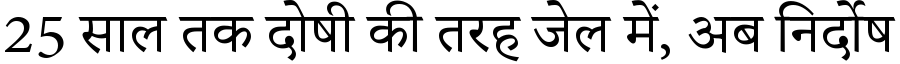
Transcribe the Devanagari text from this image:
25 साल तक दोषी की तरह जेल में, अब निर्दोष